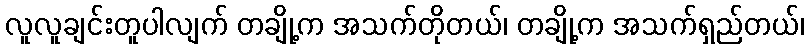
လူလူချင်းတူပါလျက် တချို့က အသက်တိုတယ်၊ တချို့က အသက်ရှည်တယ်၊